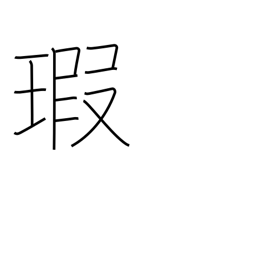
Meaning: flaw